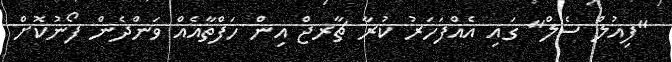
"ފިއުލް ސެލް" ގައި އެއްފަހަރު ކުރާ ޗާރޖް އިން ހަފްތާއެއް ވަންދެން ފޯނުކޮށް